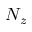
N _ { z }